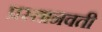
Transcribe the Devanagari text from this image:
प्रस्तानवती